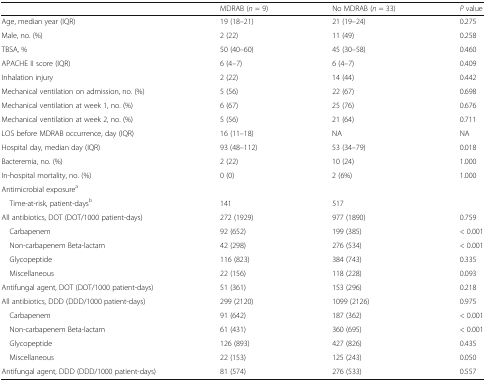
<table><thead><tr><td></td><td><b>MDRAB (<i>n</i> = 9)</b></td><td><b>No MDRAB (<i>n</i> = 33)</b></td><td><b><i>P</i> value</b></td></tr></thead><tbody><tr><td>Age, median year (IQR)</td><td>19 (18–21)</td><td>21 (19–24)</td><td>0.275</td></tr><tr><td>Male, no. (%)</td><td>2 (22)</td><td>11 (49)</td><td>0.258</td></tr><tr><td>TBSA, %</td><td>50 (40–60)</td><td>45 (30–58)</td><td>0.460</td></tr><tr><td>APACHE II score (IQR)</td><td>6 (4–7)</td><td>6 (4–7)</td><td>0.409</td></tr><tr><td>Inhalation injury</td><td>2 (22)</td><td>14 (44)</td><td>0.442</td></tr><tr><td>Mechanical ventilation on admission, no. (%)</td><td>5 (56)</td><td>22 (67)</td><td>0.698</td></tr><tr><td>Mechanical ventilation at week 1, no. (%)</td><td>6 (67)</td><td>25 (76)</td><td>0.676</td></tr><tr><td>Mechanical ventilation at week 2, no. (%)</td><td>5 (56)</td><td>21 (64)</td><td>0.711</td></tr><tr><td>LOS before MDRAB occurrence, day (IQR)</td><td>16 (11–18)</td><td>NA</td><td>NA</td></tr><tr><td>Hospital day, median day (IQR)</td><td>93 (48–112)</td><td>53 (34–79)</td><td>0.018</td></tr><tr><td>Bacteremia, no. (%)</td><td>2 (22)</td><td>10 (24)</td><td>1.000</td></tr><tr><td>In-hospital mortality, no. (%)</td><td>0 (0)</td><td>2 (6%)</td><td>1.000</td></tr><tr><td>Antimicrobial exposure<sup>a</sup></td><td></td><td></td><td></td></tr><tr><td> Time-at-risk, patient-days<sup>b</sup></td><td>141</td><td>517</td><td></td></tr><tr><td>All antibiotics, DOT (DOT/1000 patient-days)</td><td>272 (1929)</td><td>977 (1890)</td><td>0.759</td></tr><tr><td> Carbapenem</td><td>92 (652)</td><td>199 (385)</td><td>&lt; 0.001</td></tr><tr><td> Non-carbapenem Beta-lactam</td><td>42 (298)</td><td>276 (534)</td><td>&lt; 0.001</td></tr><tr><td> Glycopeptide</td><td>116 (823)</td><td>384 (743)</td><td>0.335</td></tr><tr><td> Miscellaneous</td><td>22 (156)</td><td>118 (228)</td><td>0.093</td></tr><tr><td>Antifungal agent, DOT (DOT/1000 patient-days)</td><td>51 (361)</td><td>153 (296)</td><td>0.218</td></tr><tr><td>All antibiotics, DDD (DDD/1000 patient-days)</td><td>299 (2120)</td><td>1099 (2126)</td><td>0.975</td></tr><tr><td> Carbapenem</td><td>91 (642)</td><td>187 (362)</td><td>&lt; 0.001</td></tr><tr><td> Non-carbapenem Beta-lactam</td><td>61 (431)</td><td>360 (695)</td><td>&lt; 0.001</td></tr><tr><td> Glycopeptide</td><td>126 (893)</td><td>427 (826)</td><td>0.435</td></tr><tr><td> Miscellaneous</td><td>22 (153)</td><td>125 (243)</td><td>0.050</td></tr><tr><td>Antifungal agent, DDD (DDD/1000 patient-days)</td><td>81 (574)</td><td>276 (533)</td><td>0.557</td></tr></tbody></table>